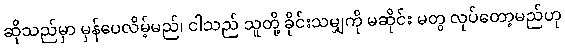
ဆိုသည်မှာ မှန်ပေလိမ့်မည်၊ ငါသည် သူတို့ ခိုင်းသမျှကို မဆိုင်း မတွ လုပ်တော့မည်ဟု